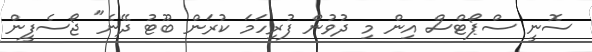
ސޮނީ ސްޕޯޓްސް އިން މި ދުވުން ފުރިހަމަ ކުރަން ބޫޓު ދޭނެ" ޖޯސެފީން